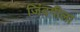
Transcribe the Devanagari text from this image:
जिंदगीला